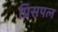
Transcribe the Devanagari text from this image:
प्रिसपल